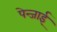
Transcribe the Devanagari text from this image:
पेन्जाई